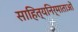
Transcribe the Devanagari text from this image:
साहित्यनिर्माताओं